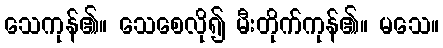
သေကုန်၏။ သေစေလို၍ မီးတိုက်ကုန်၏။ မသေ။